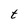
Character: t